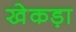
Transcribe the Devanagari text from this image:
खेकड़ा